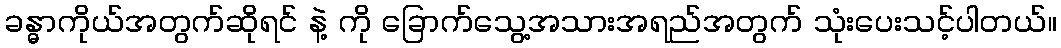
ခန္ဓာကိုယ်အတွက်ဆိုရင် နဲ့ ကို ခြောက်သွေ့အသားအရည်အတွက် သုံးပေးသင့်ပါတယ်။